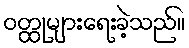
ဝတ္ထုများရေးခဲ့သည်။